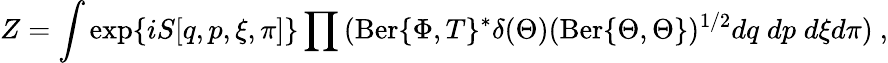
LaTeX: Z=\int\exp\{ iS[q,p,\xi,\pi]\} \prod{(\mathrm{Ber}\{ \Phi,T\} ^{*}\delta(\Theta)(\mathrm{Ber}\{ \Theta,\Theta\} )^{1/2}dq\; dp\; d\xi d\pi})\ ,